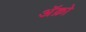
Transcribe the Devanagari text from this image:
अॅक्रो